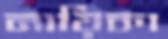
নায়িকা